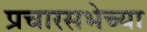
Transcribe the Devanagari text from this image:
प्रचारसभेच्या